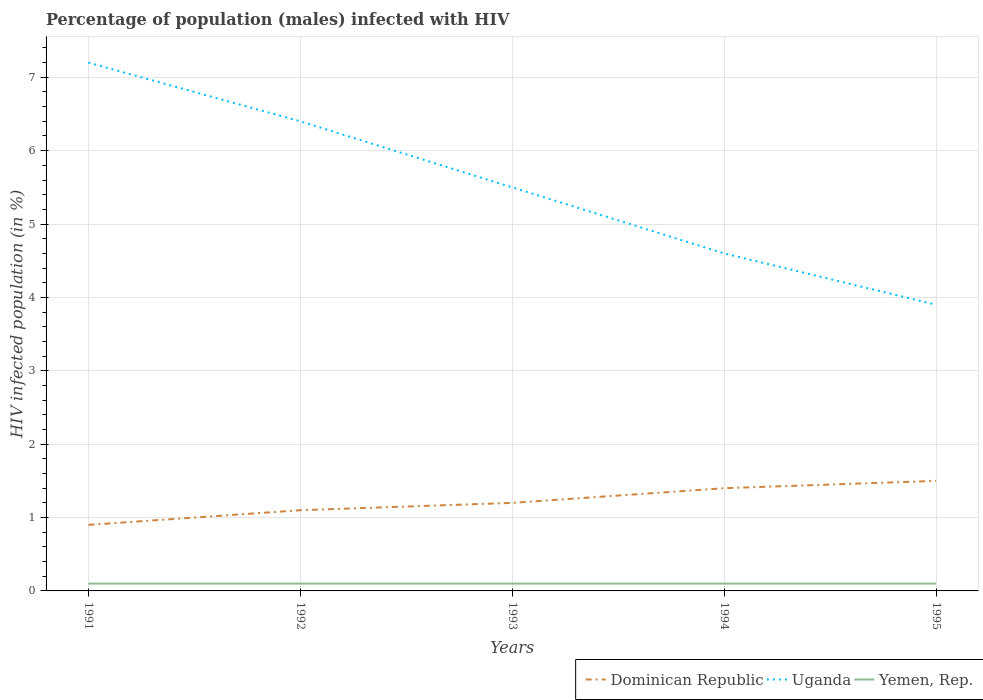
| Years | Dominican Republic | Uganda | Yemen, Rep. |
 | --- | --- | --- | --- |
 | 1991 | 0.9 | 7.2 | 0.1 |
 | 1992 | 1.1 | 6.4 | 0.1 |
 | 1993 | 1.2 | 5.5 | 0.1 |
 | 1994 | 1.4 | 4.6 | 0.1 |
 | 1995 | 1.5 | 3.9 | 0.1 |